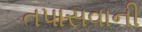
તપાસવાની